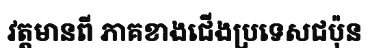
វត្តមានពី ភាគខាងជើងប្រទេសជប៉ុន